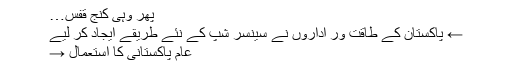
پھر وہی کنجِ قفس…
← پاکستان کے طاقت ور اداروں نے سینسر شپ کے نئے طریقے ایجاد کر لیے
عام پاکستانی کا استعمال →